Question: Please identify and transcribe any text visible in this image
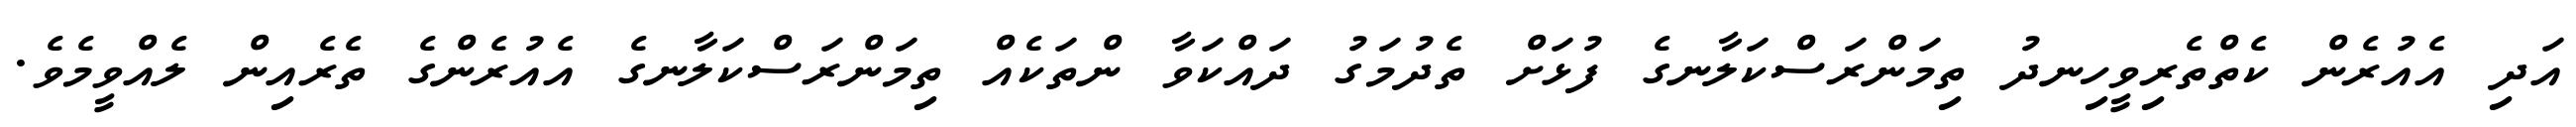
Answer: އަދި އެއުރެން ކެތްތެރިވީހިނދު ތިމަންރަސްކަލާނގެ ފުޅަށް ތެދުމަގު ދައްކަވާ ންތަކެއް ތިމަންރަސްކަލާނގެ އެއުރެންގެ ތެރެއިން ލެއްވީމެވެ.